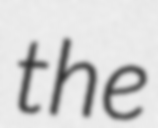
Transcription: the